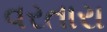
વરતારા